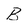
Character: B